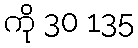
ကို 30 135